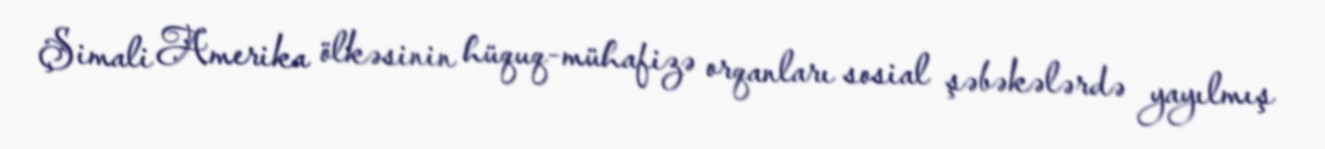
Şimali Amerika ölkəsinin hüquq-mühafizə orqanları sosial şəbəkələrdə yayılmış